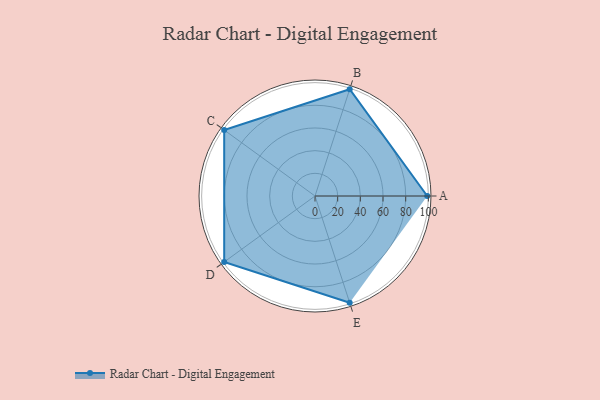
{"axis": {"x": "Skill", "y": "Score"}, "legend": ["Profile"], "data": [{"x": "A", "y": 99, "type": "Profile"}, {"x": "B", "y": 99, "type": "Profile"}, {"x": "C", "y": 99, "type": "Profile"}, {"x": "D", "y": 99, "type": "Profile"}, {"x": "E", "y": 99, "type": "Profile"}]}